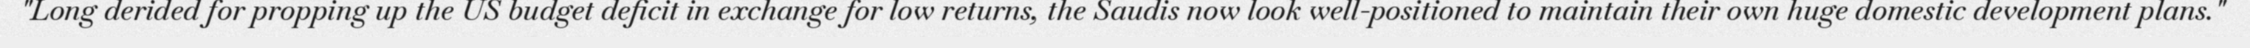
"Long derided for propping up the US budget deficit in exchange for low returns, the Saudis now look well-positioned to maintain their own huge domestic development plans."